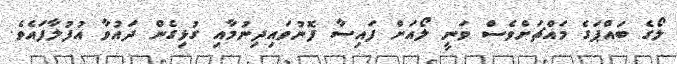
ލޯގެ ބައްޕަގެ މައްޗަށްވެސް ވަނީ ލޯއަށް ފައިސާ ފޮނުވައިދިނުމާއި ގުޅިގެން ދައުވާ އުފުލާފައެވެ.